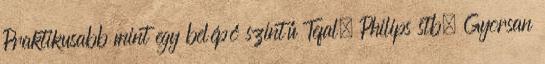
Praktikusabb mint egy belépő szintű Tefal, Philips stb. Gyorsan